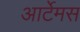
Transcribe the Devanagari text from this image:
आर्टेमस